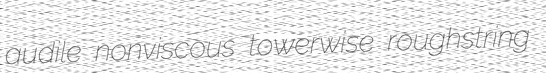
audile nonviscous towerwise roughstring